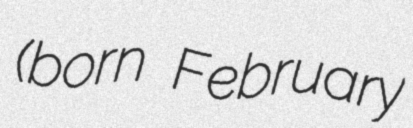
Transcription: (born February